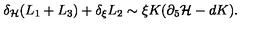
\delta _ { \cal H } ( L _ { 1 } + L _ { 3 } ) + \delta _ { \xi } L _ { 2 } \sim \xi K ( \partial _ { 5 } { \cal H } - d K ) .